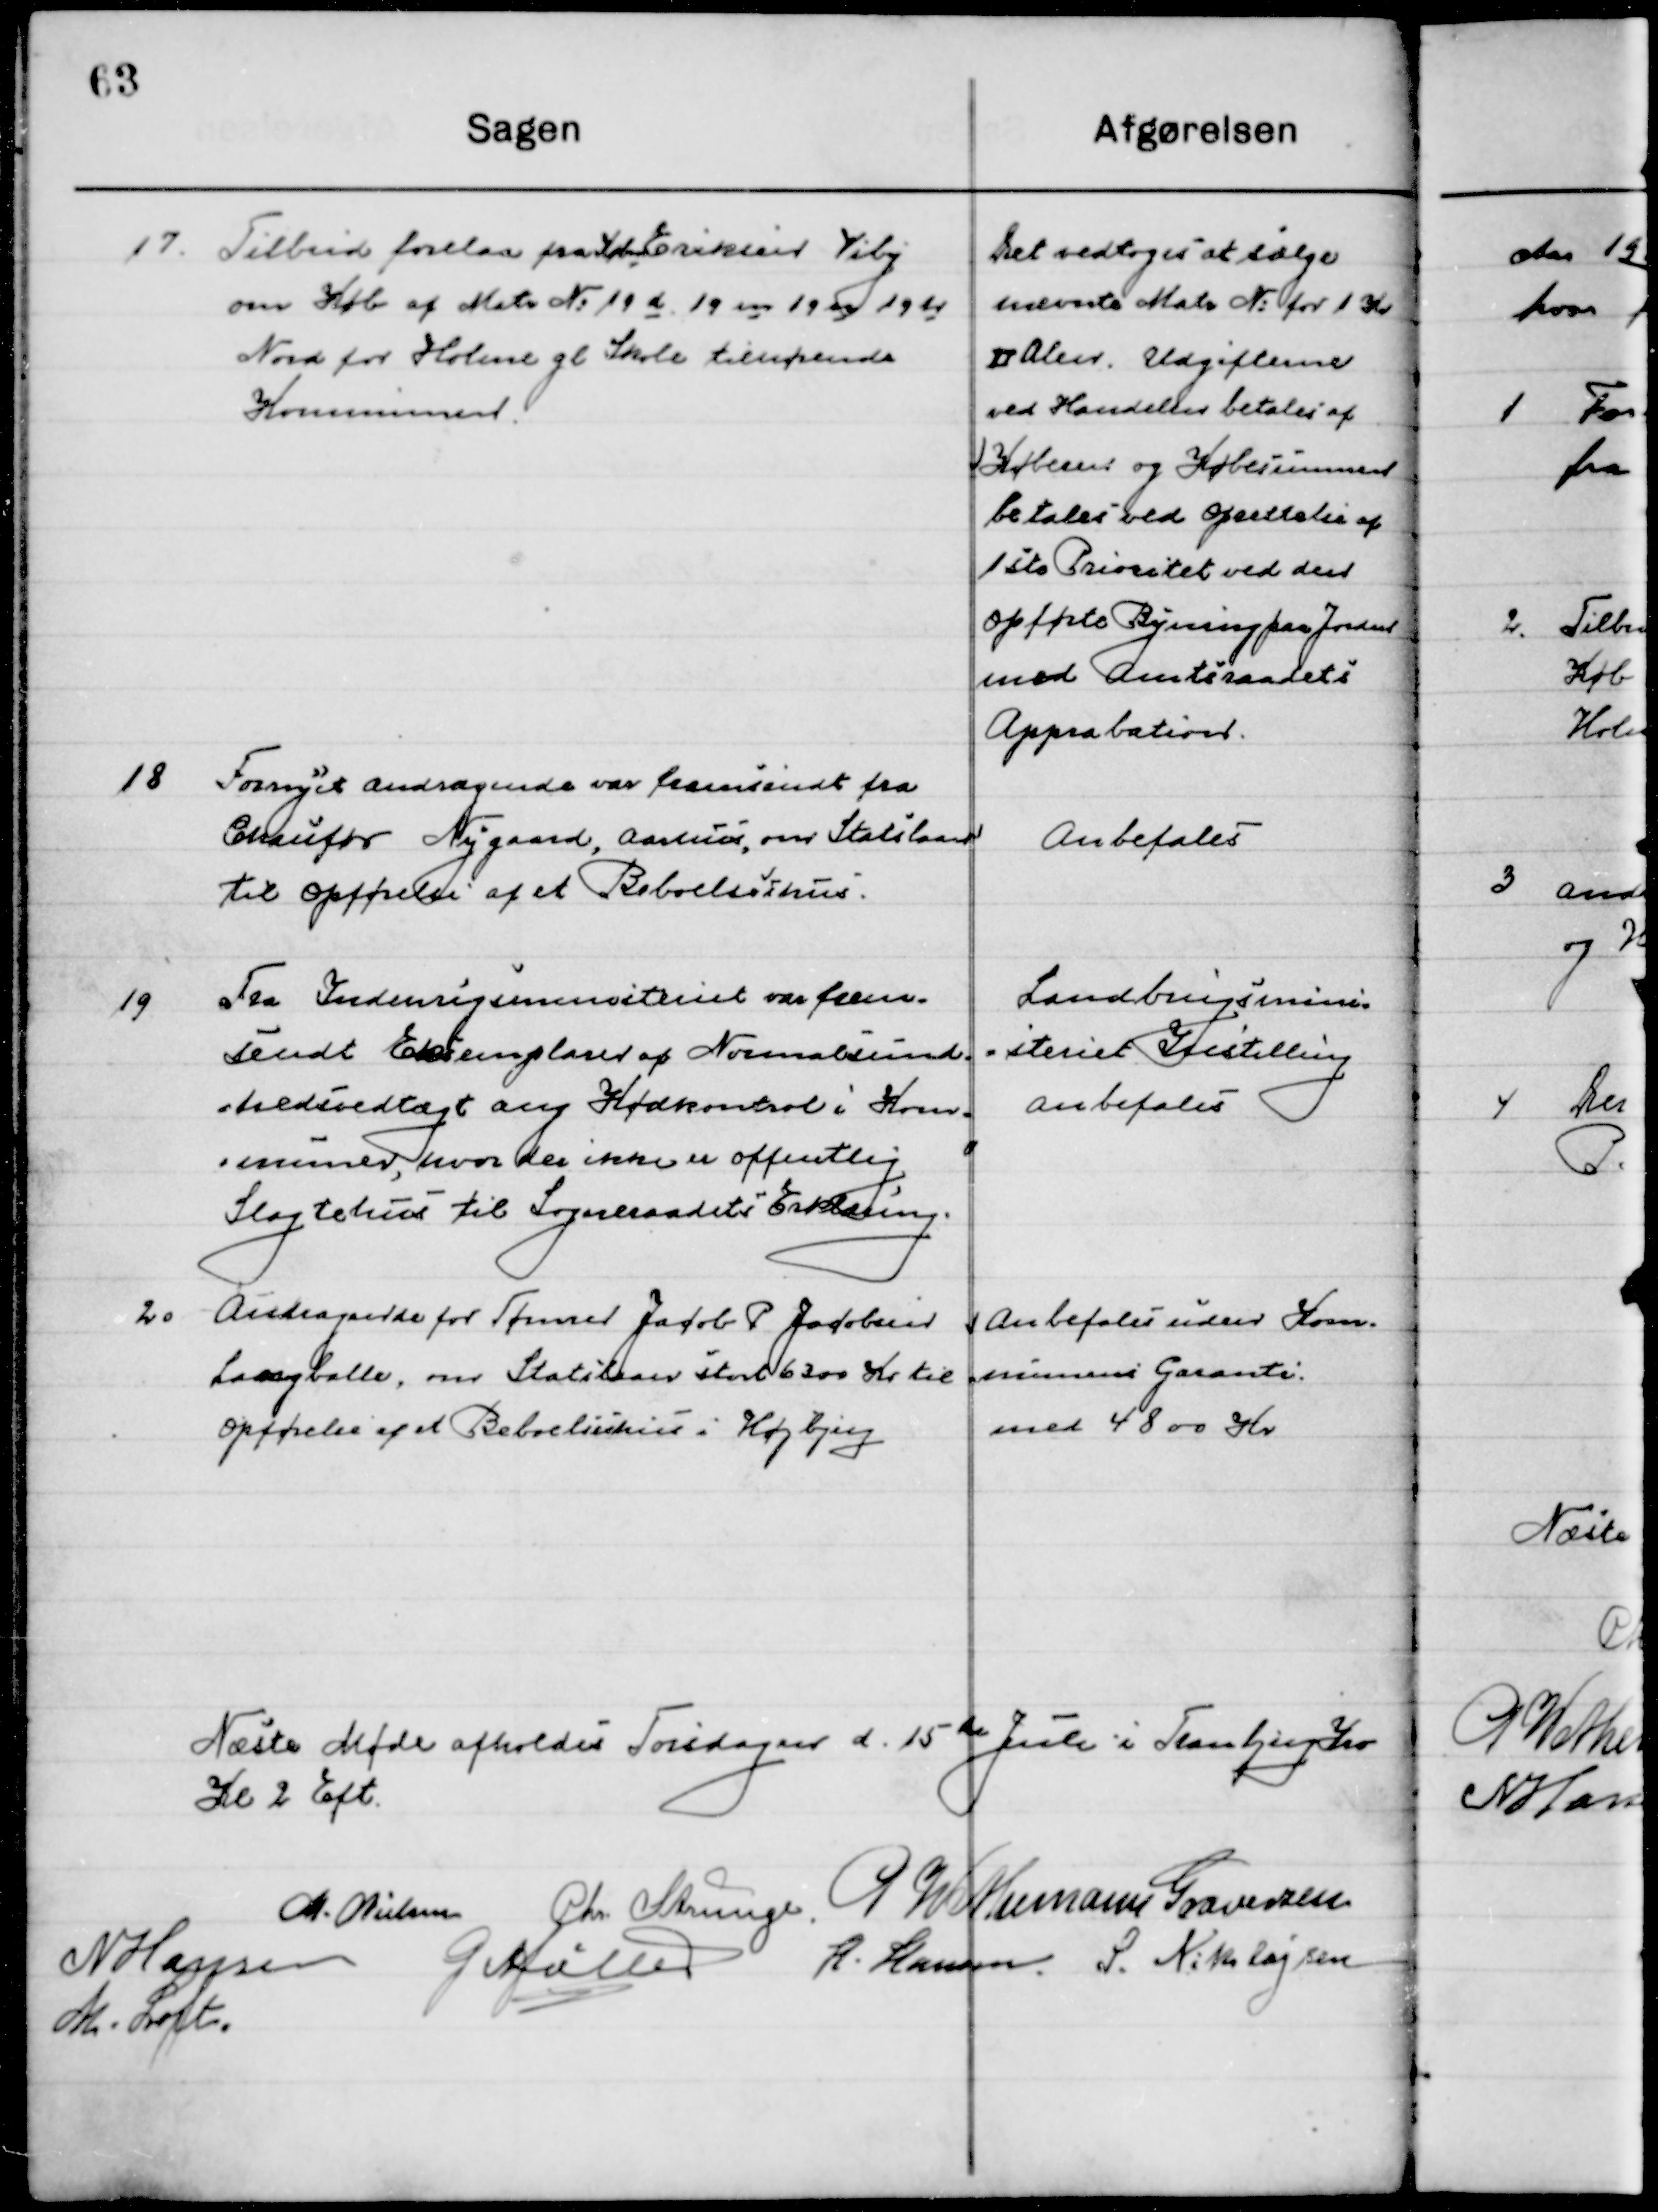
Transskription:
17

Tilbud forelaa paa Eriksen Viby
om Køb af Matr. No. 19 d 19 m 19er og 19dr
Nord for Holme gl. Skole tilhørende
Kommunen.

Det vedtoges at sælge
Nævnte Matr. No. for 1 Kr.
II  Alen. Udgifterne
ved Handelen betales af
Køber og Købesummen
betales ved Oprettelse af
1ste Prioritet ved den 
opførte Bygning paa Jorden
mod Amtsraadets
Approbation

18

Fornyet Andragende var fremsendt fra
Chauffør Nygaard, Aarhus om Statslaan
til Opførelse af et Beboelseshus.

Anbefales

19

Fra Indenrigsministeriet var frem-
sendt Eksemplarer af Normalsund-
hedsvedtægt ang. Kødkontrol i Kom-
munen hvor der ikke er offentlig 	
Slagtehus til Sogneraadets Erklæring

Landbrugsmini-
steriets Indstilling
Anbefales.

20

Andragende fra Tømrer Jacob P. Jacobsen
Langballe, om Statslaan stort 6200 Kr. til
Opførelse af et Beboelseshus i Højbjerg

Anbefales uden Kom-
munens Garanti
Med 4800 Kr.

Næste Møde afholdes Torsdag d. 15de i Tranbjerg Kro 
Kl. 2 Eft.

M. Nielsen
Chr. Strunge
P. Wethemann Graversen
N. Hansen
G. Møller
H. Hansen
S. Nikolajsen
M. Loft.